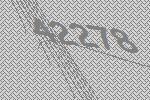
42278